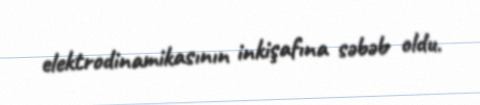
elektrodinamikasının inkişafına səbəb oldu.